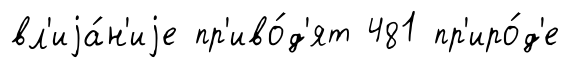
вл'иjа́н'иjе пр'иво́д'ят 481 пр'иро́д'е